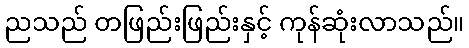
ညသည် တဖြည်းဖြည်းနှင့် ကုန်ဆုံးလာသည်။